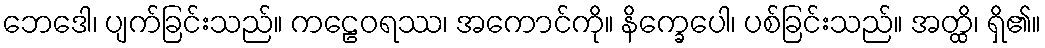
ဘေဒေါ၊ ပျက်ခြင်းသည်။ ကဠေဝရဿ၊ အကောင်ကို။ နိက္ခေပေါ၊ ပစ်ခြင်းသည်။ အတ္ထိ၊ ရှိ၏။